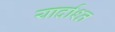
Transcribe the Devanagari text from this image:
यार्दाश्त